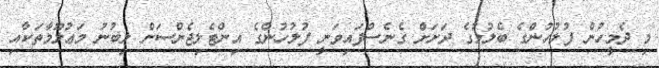
މި ދެމީހުން ފުލުހުންގެ ބެލުމުގެ ދަށަށް ގެނެސްފައިވަނީ ފުލުހުންގެ އިންޓެލިޖެންސަށް ލިބުނު މަޢުލޫމާތަކާއި